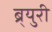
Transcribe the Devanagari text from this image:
ब्र्युरी